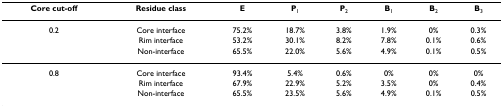
<table><thead><tr><td><b>Core cut-off</b></td><td><b>Residue class</b></td><td><b>E</b></td><td><b>P<sub>1</sub></b></td><td><b>P<sub>2</sub></b></td><td><b>B<sub>1</sub></b></td><td><b>B<sub>2</sub></b></td><td><b>B<sub>3</sub></b></td></tr></thead><tbody><tr><td>0.2</td><td>Core interface</td><td>75.2%</td><td>18.7%</td><td>3.8%</td><td>1.9%</td><td>0%</td><td>0.3%</td></tr><tr><td></td><td>Rim interface</td><td>53.2%</td><td>30.1%</td><td>8.2%</td><td>7.8%</td><td>0.1%</td><td>0.6%</td></tr><tr><td></td><td>Non-interface</td><td>65.5%</td><td>22.0%</td><td>5.6%</td><td>4.9%</td><td>0.1%</td><td>0.5%</td></tr><tr><td>0.8</td><td>Core interface</td><td>93.4%</td><td>5.4%</td><td>0.6%</td><td>0%</td><td>0%</td><td>0%</td></tr><tr><td></td><td>Rim interface</td><td>67.9%</td><td>22.9%</td><td>5.2%</td><td>3.5%</td><td>0%</td><td>0.4%</td></tr><tr><td></td><td>Non-interface</td><td>65.5%</td><td>23.5%</td><td>5.6%</td><td>4.9%</td><td>0.1%</td><td>0.5%</td></tr></tbody></table>